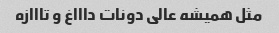
مثل همیشه عالى دونات داااغ و تااازه